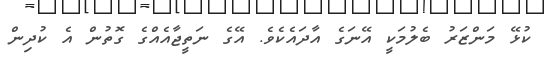
ކުޅޭ މަންޒަރު ބެލުމަކީ އޭނަގެ އާދައެކެވެ. އޭގެ ނަތީޖާއެއްގެ ގޮތުން އެ ކުދިން